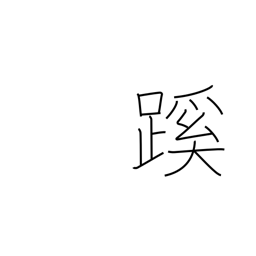
Meaning: path